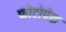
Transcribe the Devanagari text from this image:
फोटोपेक